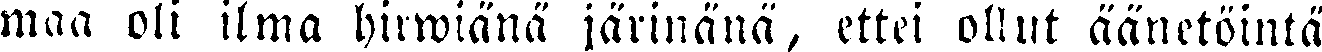
maa oli ilma hirwiänä järinänä, ettei ollut äänetöintä